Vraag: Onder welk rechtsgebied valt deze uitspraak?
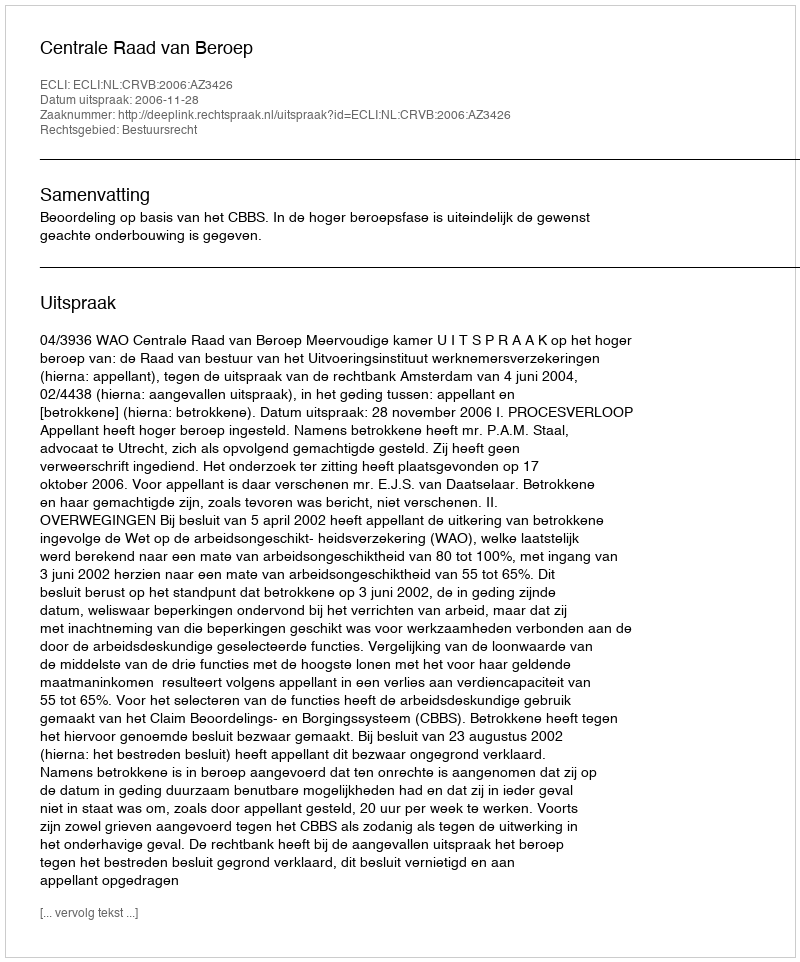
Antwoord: Bestuursrecht